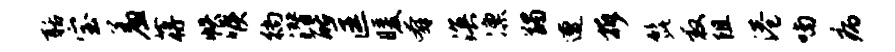
聒宝羞蒋帙喉徜潜酪匡暖奔溟凛蠲遭拆髭救阻港喃病